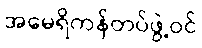
အမေရိကန်တပ်ဖွဲ့ဝင်